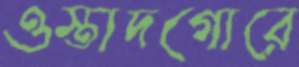
ওস্তাদগোরে